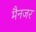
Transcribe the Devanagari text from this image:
मैनजर